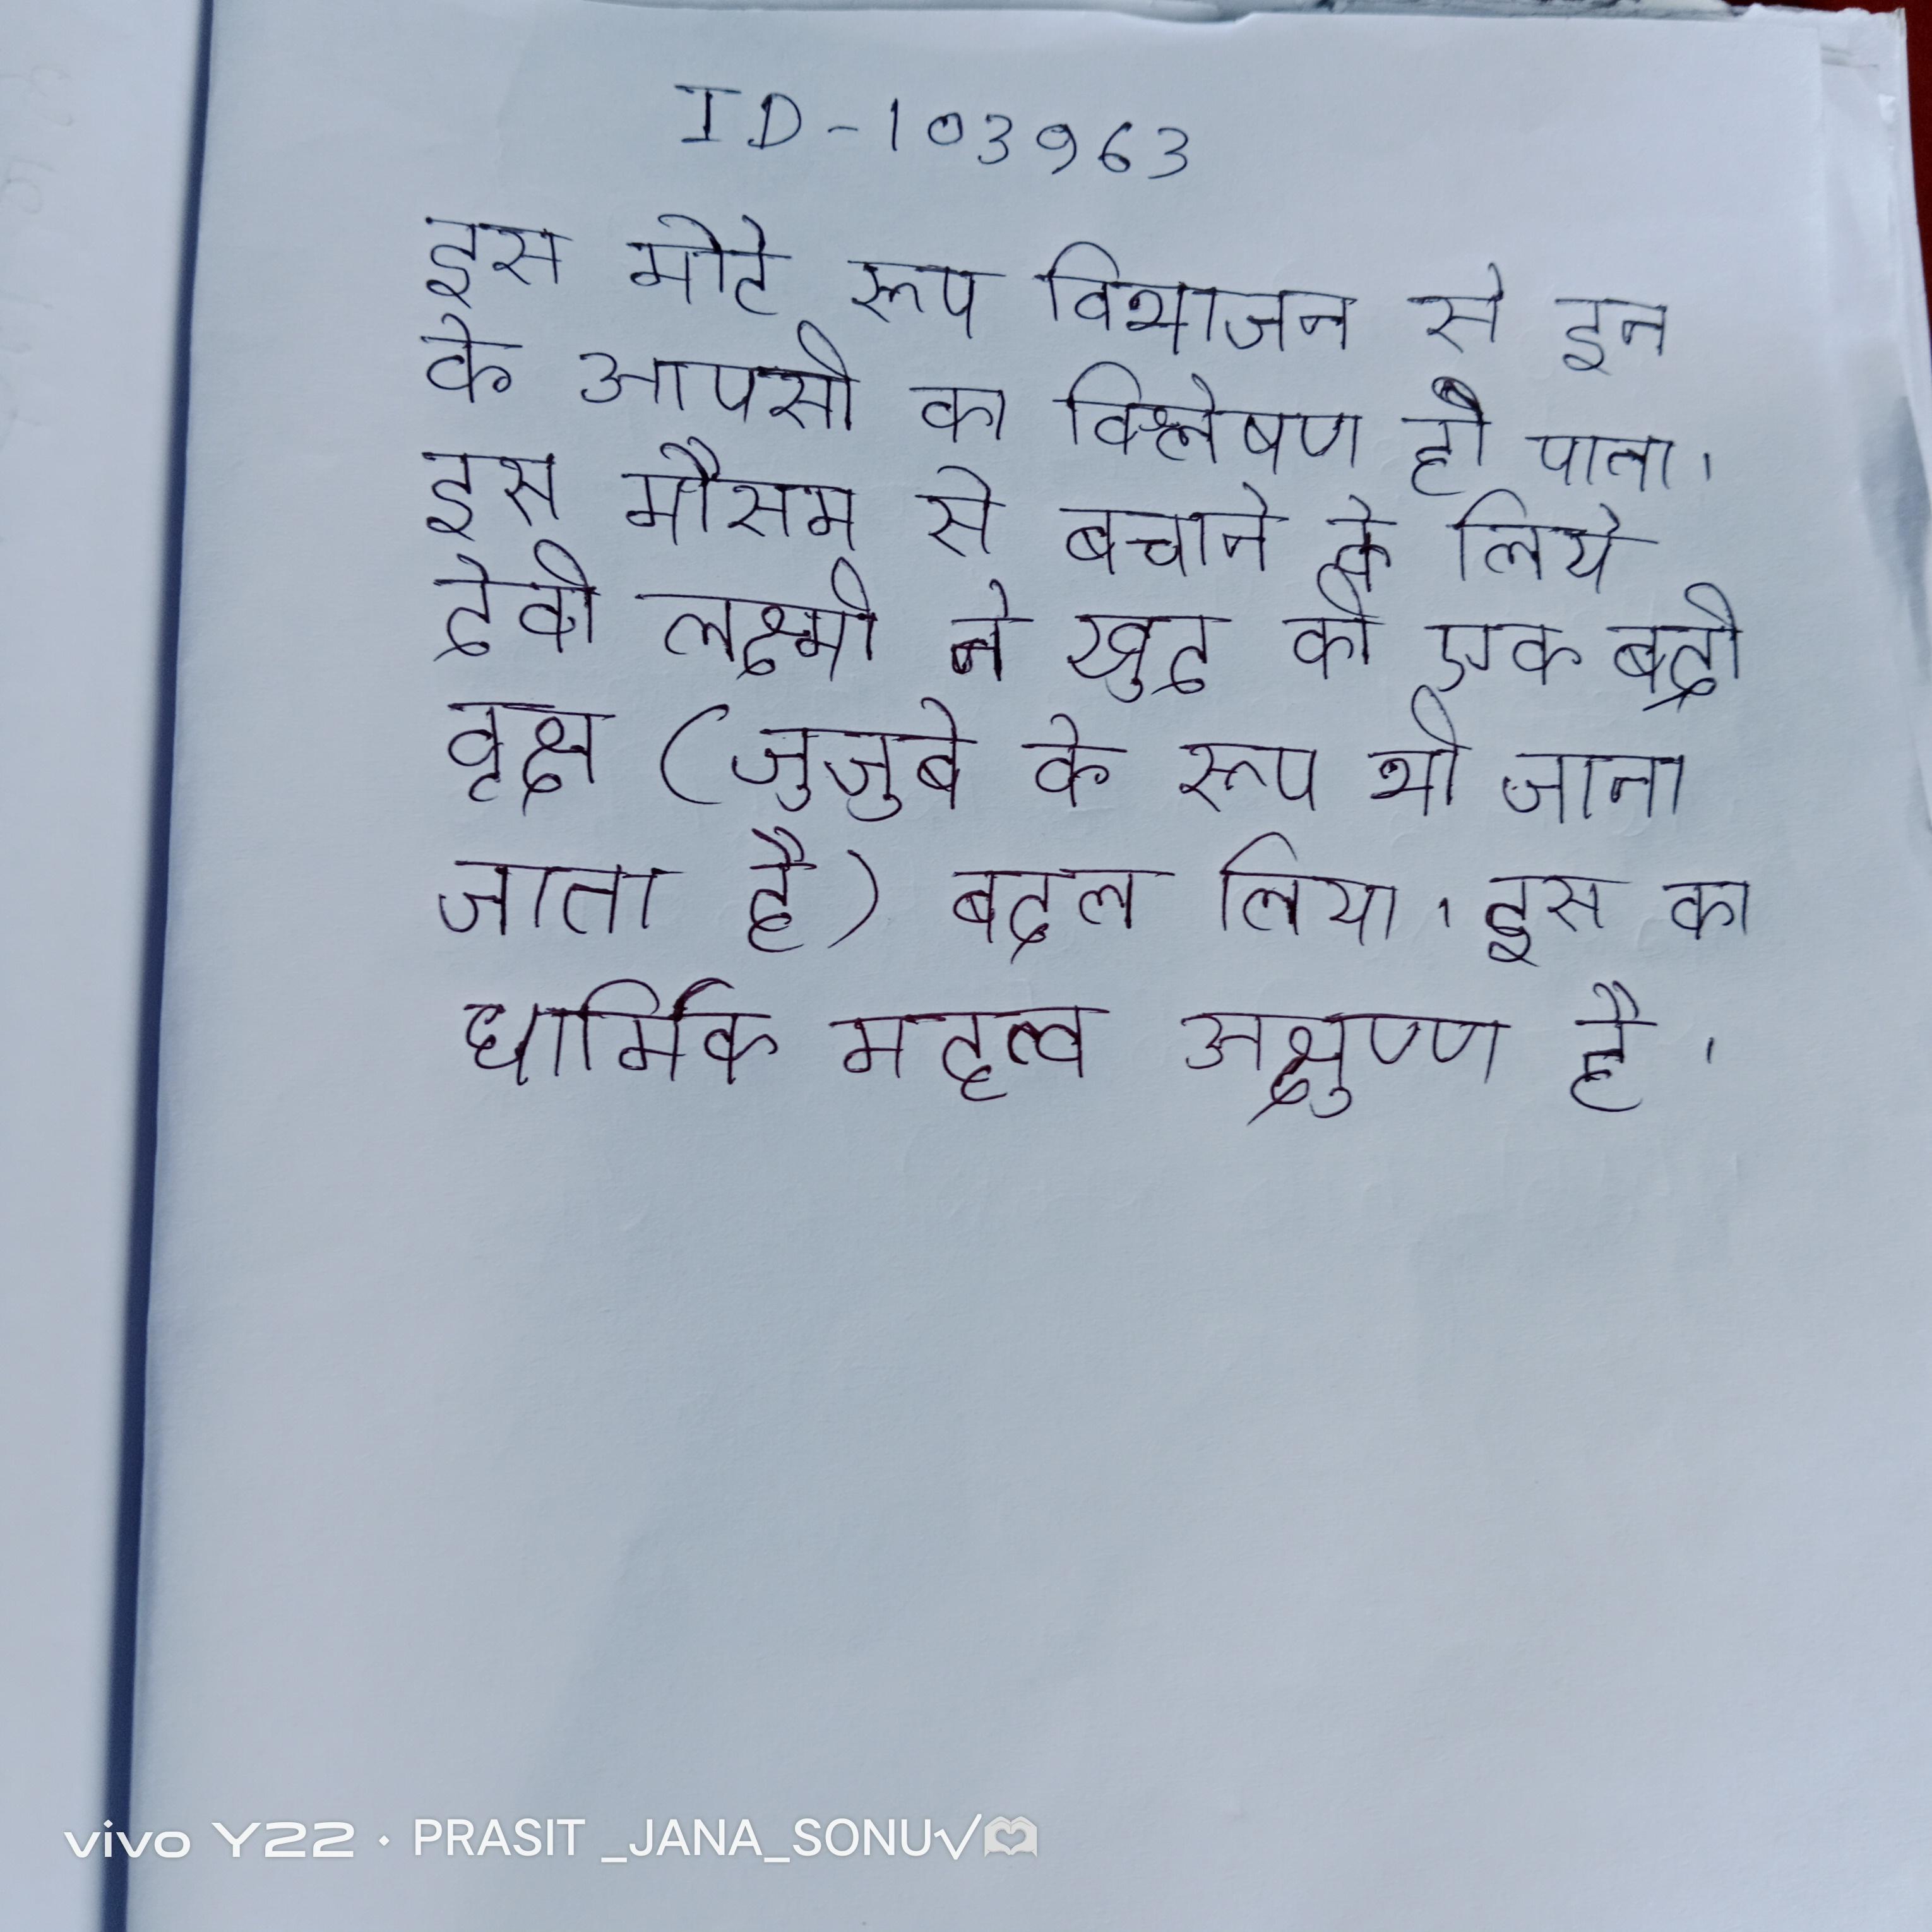
इस मोटे रूप विभाजन से इन के आपसी का विश्लेषण हो पाता । इस मौसम से बचाने के लिये देवी लक्ष्मी ने खुद को एक बद्री वृक्ष (जुजुबे के रूप भी जाना जाता है) बदल लिया । इस का धार्मिक महत्व अक्षुण्ण है ।